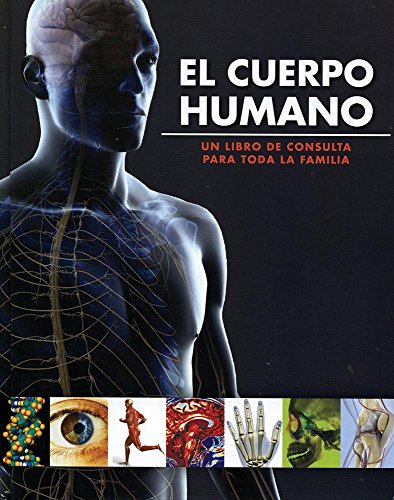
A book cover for El Cuerpo Humano (Family Reference) (Spanish Edition); Parragon Books; Reference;